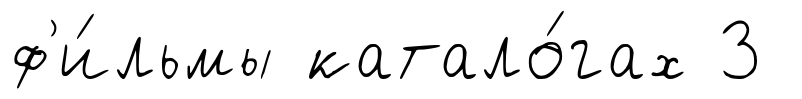
ф'и́льмы катало́гах 3